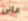
عانى